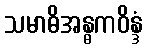
သမာဓိအန္ဓကဝိန္ဒံ